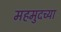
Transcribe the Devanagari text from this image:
महमुदच्या